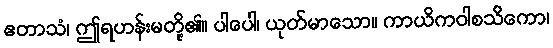
ဧတာသံ၊ ဤရဟန်းမတို့၏။ ပါပေါ၊ ယုတ်မာသော။ ကာယိကဝါစသိကော၊